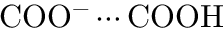
\mathrm { C O O ^ { - } \cdots C O O H }